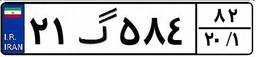
۲۱گ۵۸۴۸۲